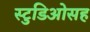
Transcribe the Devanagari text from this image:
स्टुडिओसह